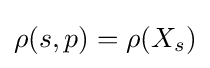
\rho (s,p)=\rho (X_{s})